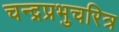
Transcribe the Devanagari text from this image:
चन्द्रप्रभुचरित्र